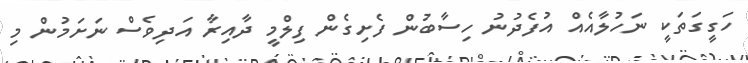
ހަގީގަތަކީ ނަހުލާއެއް އުފެދުނު ހިސާބުން ފެށިގެން ފިލްމީ ދާއިރާ އަދިވެސް ނަށަމުން މި